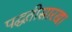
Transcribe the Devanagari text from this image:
पद्घतीसारखा